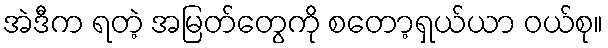
အဲဒီက ရတဲ့ အမြတ်တွေကို စတော့ရှယ်ယာ ဝယ်စု။